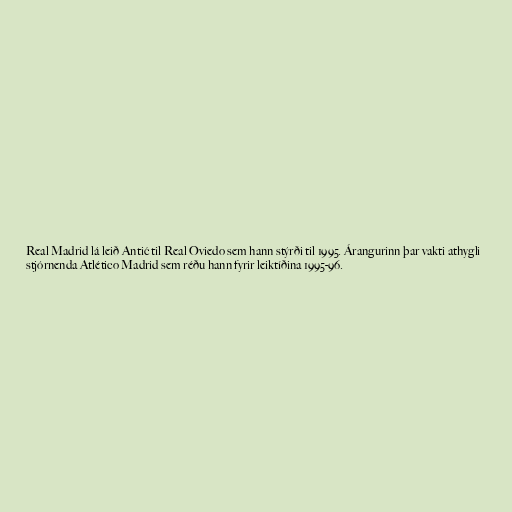
Real Madrid lá leið Antić til Real Oviedo sem hann stýrði til 1995. Árangurinn þar vakti athygli
stjórnenda Atlético Madrid sem réðu hann fyrir leiktíðina 1995-96.